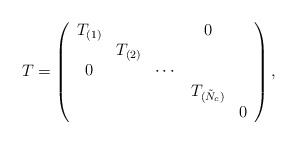
\begin{align*}T=\left( \begin{array}{ccccc}T_{(1)} & & & 0 & \\ & T_{(2)} & & & \\ 0 & & \cdots & & \\ & & & T_{(\tilde N_c)} & \\ & & & & 0 \end{array}\right),\end{align*}